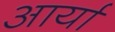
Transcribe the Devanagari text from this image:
अार्या